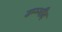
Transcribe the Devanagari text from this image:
उम्म्मीद